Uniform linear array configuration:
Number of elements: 48
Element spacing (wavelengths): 0.75
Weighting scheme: uniform
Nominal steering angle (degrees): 30
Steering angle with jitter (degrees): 28.708
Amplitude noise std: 0.05
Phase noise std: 0.05

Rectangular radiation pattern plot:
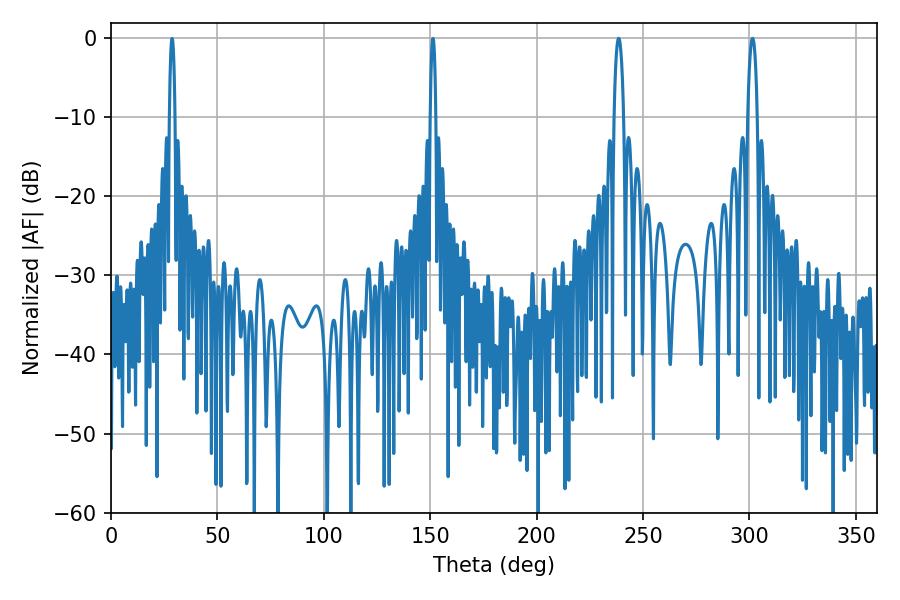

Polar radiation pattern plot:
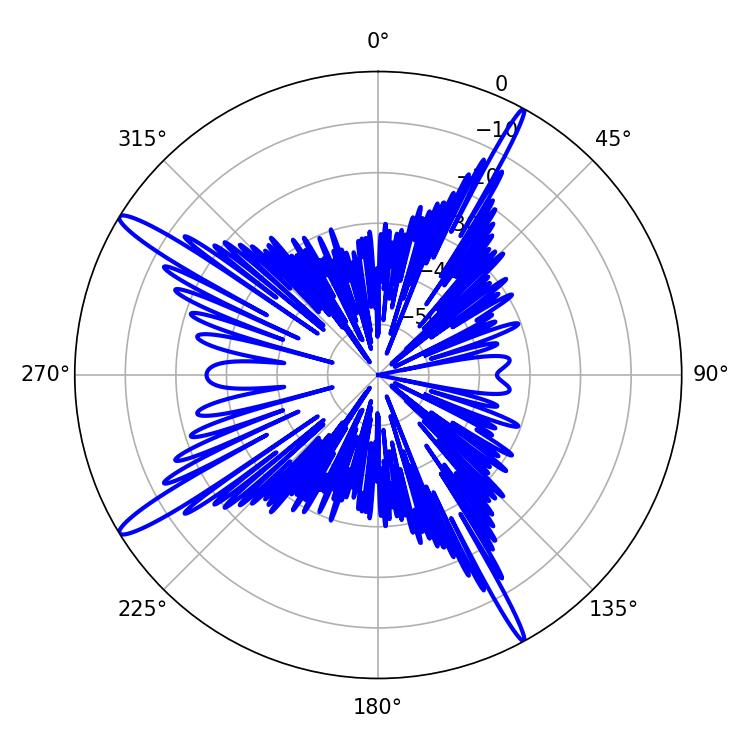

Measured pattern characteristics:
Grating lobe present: TRUE
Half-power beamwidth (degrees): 2.52
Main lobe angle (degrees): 238.5